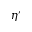
\eta ^ { \prime }